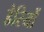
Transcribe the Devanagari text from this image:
डेरियों